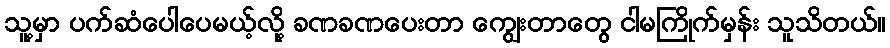
သူ့မှာ ပက်ဆံပေါပေမယ့်လို့ ခဏခဏပေးတာ ကျွေးတာတွေ ငါမကြိုက်မှန်း သူသိတယ်။